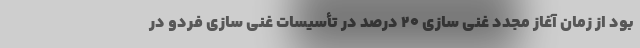
بود از زمان آغاز مجدد غنی سازی ۲۰ درصد در تأسیسات غنی سازی فردو در